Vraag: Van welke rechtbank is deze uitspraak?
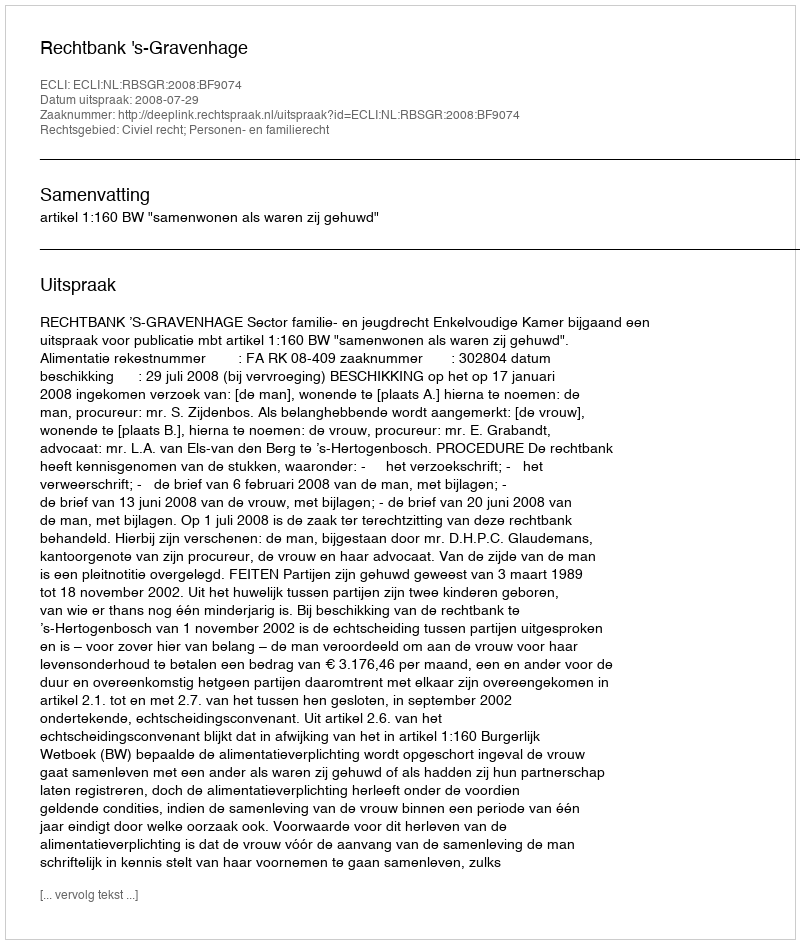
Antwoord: Rechtbank 's-Gravenhage